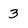
Character: 3